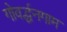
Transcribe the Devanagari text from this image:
गोवर्द्धनगाम